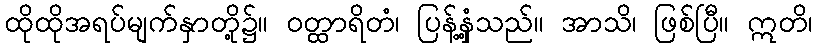
ထိုထိုအရပ်မျက်နှာတို့၌။ ဝတ္ထာရိတံ၊ ပြန့်နှံ့သည်။ အာသိ၊ ဖြစ်ပြီ။ ဣတိ၊